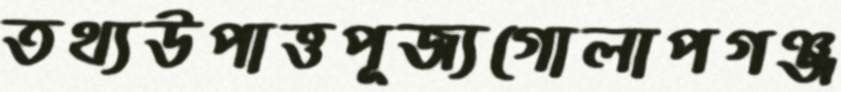
তথ্যউপাত্তপূজ্যগোলাপগঞ্জ